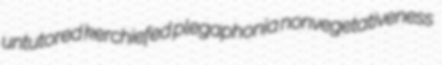
untutored kerchiefed plegaphonia nonvegetativeness